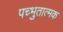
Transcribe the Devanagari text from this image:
पच्भुतात्मक